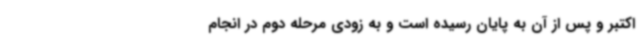
اکتبر و پس از آن به پایان رسیده است و به زودی مرحله دوم در انجام